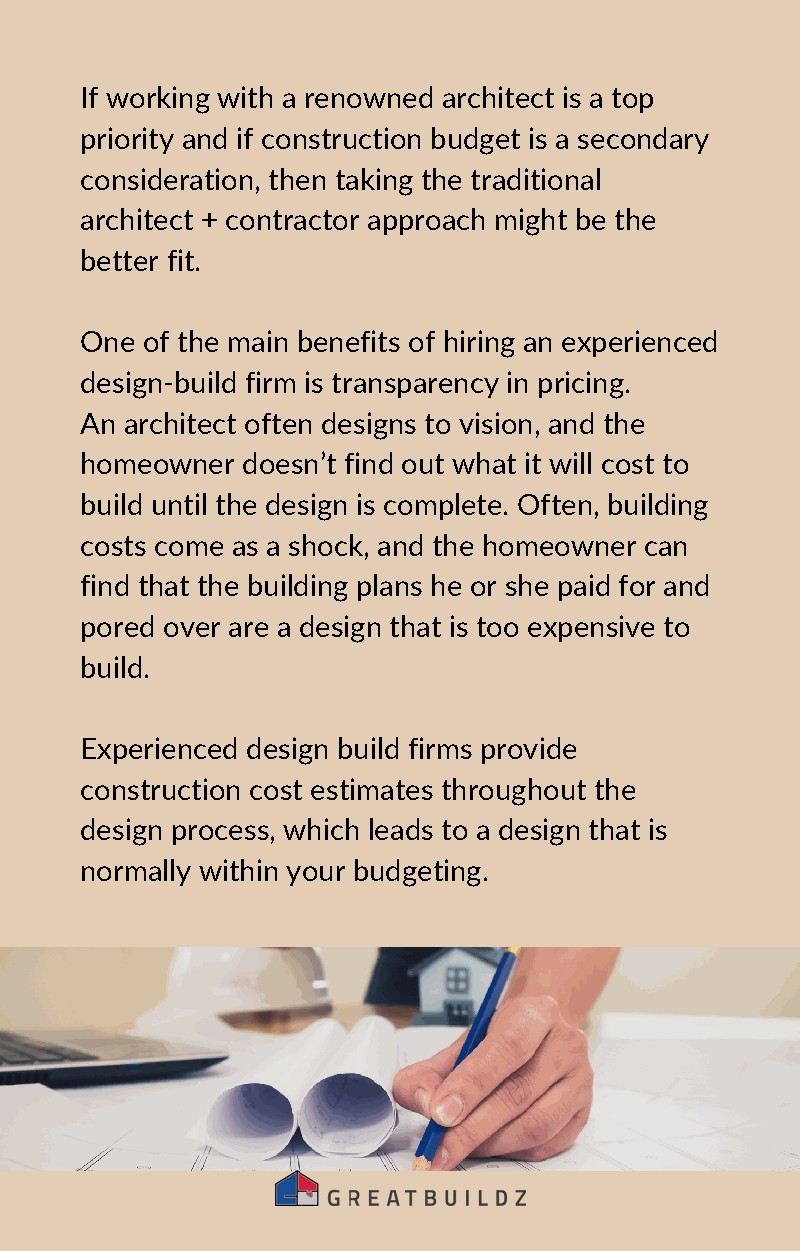
If working with a renowned architect is a top
 priority and if construction budget is a secondary
 consideration, then taking the traditional
 architect + contractor approach might be the
 better fit.
 One of the main benefits of hiring an experienced
 design-build firm is transparency in pricing.
 An architect often designs to vision, and the
 homeowner  doesn’t find out what it will cost to
 build until the design is complete. Often, building
 costs come as a shock, and the homeowner can
 find that the building plans he or she paid for and
 pored over are a design that is too expensive to
 build.
 Experienced design build firms provide
 construction cost estimates throughout the
 design process, which leads to a design that is
 normally within your budgeting.